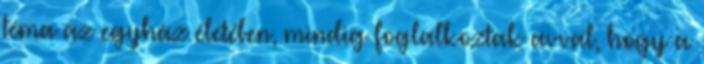
téma az egyház életében, mindig foglalkoztak avval, hogy a